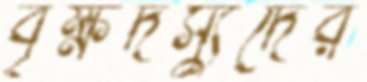
বৃক্ষদস্যুদের